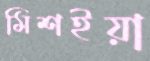
মিশইয়া